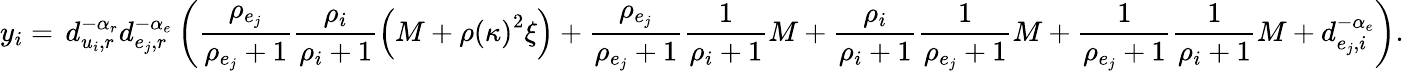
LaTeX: y_{i}=\, d_{u_{i},r}^{-\alpha_{r}}d_{e_{j},r}^{-\alpha_{e}}\left(\frac{\rho_{e_{j}}}{\rho_{e_{j}}+1}\frac{\rho_{i}}{\rho_{i}+1}\left(M+\rho\left(\kappa\right)^{2}\xi\right)+\frac{\rho_{e_{j}}}{\rho_{e_{j}}+1}\frac{1}{\rho_{i}+1}M+\frac{\rho_{i}}{\rho_{i}+1}\frac{1}{\rho_{e_{j}}+1}M+\frac{1}{\rho_{e_{j}}+1}\frac{1}{\rho_{i}+1}M+d_{e_{j},i}^{-\alpha_{e}}\right).